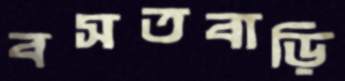
বসতবাড়ি